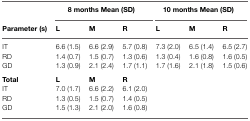
<table><thead><tr><td><b></b></td><td colspan="3"><b>8 months Mean (SD)</b></td><td colspan="3"><b>10 months Mean (SD)</b></td></tr><tr><td><b>Parameter (s)</b></td><td><b>L</b></td><td><b>M</b></td><td><b>R</b></td><td><b>L</b></td><td><b>M</b></td><td><b>R</b></td></tr></thead><tbody><tr><td>IT</td><td>6.6 (1.5)</td><td>6.6 (2.9)</td><td>5.7 (0.8)</td><td>7.3 (2.0)</td><td>6.5 (1.4)</td><td>6.5 (2.7)</td></tr><tr><td>RD</td><td>1.4 (0.7)</td><td>1.5 (0.7)</td><td>1.3 (0.6)</td><td>1.3 (0.4)</td><td>1.6 (0.8)</td><td>1.6 (0.5)</td></tr><tr><td>GD</td><td>1.3 (0.9)</td><td>2.1 (2.4)</td><td>1.7 (1.1)</td><td>1.7 (1.6)</td><td>2.1 (1.8)</td><td>1.5 (0.6)</td></tr><tr><td><b>Total</b></td><td><b>L</b></td><td><b>M</b></td><td><b>R</b></td><td></td><td></td><td></td></tr><tr><td>IT</td><td>7.0 (1.7)</td><td>6.6 (2.2)</td><td>6.1 (2.0)</td><td></td><td></td><td></td></tr><tr><td>RD</td><td>1.3 (0.5)</td><td>1.5 (0.7)</td><td>1.4 (0.5)</td><td></td><td></td><td></td></tr><tr><td>GD</td><td>1.5 (1.3)</td><td>2.1 (2.0)</td><td>1.6 (0.8)</td><td></td><td></td><td></td></tr></tbody></table>